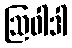
ဩဝါဒါ